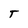
Character: T